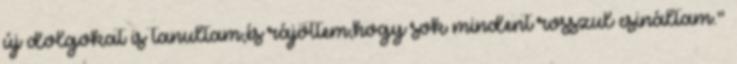
új dolgokat is tanultam,és rájöttem,hogy sok mindent rosszul csináltam."